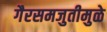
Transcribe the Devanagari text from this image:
गैरसमजुतीमुळे